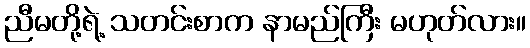
ညီမတို့ရဲ့ သတင်းစာက နာမည်ကြီး မဟုတ်လား။